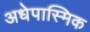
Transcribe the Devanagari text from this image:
अधेपास्मिक